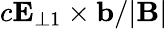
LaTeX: c\mathbf{E}_{\perp 1}\times\mathbf{b}/\vert\mathbf{B}\vert